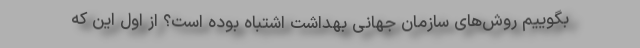
بگوییم روش‌های سازمان جهانی بهداشت اشتباه بوده است؟ از اول این که